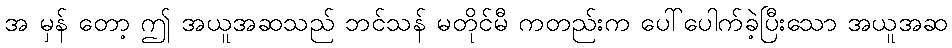
အ မှန် တော့ ဤ အယူအဆသည် ဘင်သန် မတိုင်မီ ကတည်းက ပေါ်ပေါက်ခဲ့ပြီးသော အယူအဆ